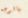
بالوجه